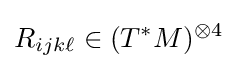
R_{ijk\ell }\in (T^{*}M)^{\otimes 4}